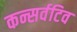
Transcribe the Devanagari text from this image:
कन्सर्वटिव